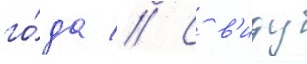
го́да // С в'иду